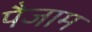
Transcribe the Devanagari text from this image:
पैजाम